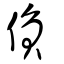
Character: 偩